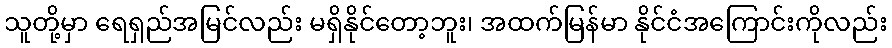
သူတို့မှာ ရေရှည်အမြင်လည်း မရှိနိုင်တော့ဘူး၊ အထက်မြန်မာ နိုင်ငံအကြောင်းကိုလည်း